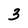
Character: 3